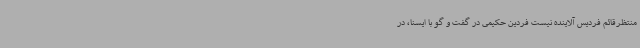
منتظرقائم فردیس آلاینده نیست فردین حکیمی در گفت و گو با ایسنا، در